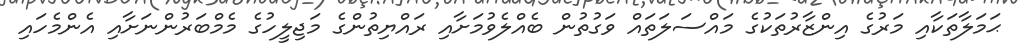
ޙަމަލާތަކާއި މަރުގެ އިންޒާރުތަކުގެ މައްސަލަތައް ވަގުތުން ބެއްލެވުމަށާއި ރައްޔިތުންގެ މަޖިލީހުގެ މެމްބަރުންނަށާއި އެންމެހައި